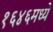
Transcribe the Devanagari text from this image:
१६४६मध्ये